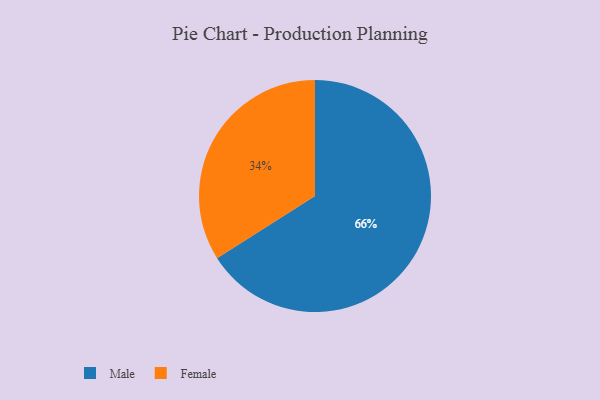
{"axis": {"x": "Category", "y": "Percentage"}, "legend": ["Female", "Male"], "data": [{"x": "Male", "y": 66, "type": "Male"}, {"x": "Female", "y": 34, "type": "Female"}]}